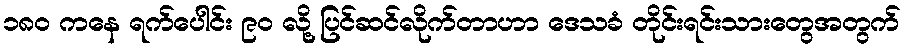
၁၈၀ ကနေ ရက်ပေါင်း ၉၀ လို့ ပြင်ဆင်လိုက်တာဟာ ဒေသခံ တိုင်းရင်းသားတွေအတွက်